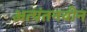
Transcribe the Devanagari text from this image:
अत्यंतनवीन